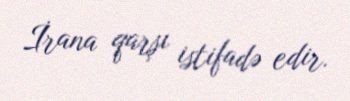
İrana qarşı istifadə edir.